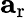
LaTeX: \mathbf{a}_{\mathrm{r}}